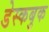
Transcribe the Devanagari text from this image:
डेस्कबुक